Civil Veterinary Dept. Bombay admin report 1907-1913 - 1907-1913
Year: 1907
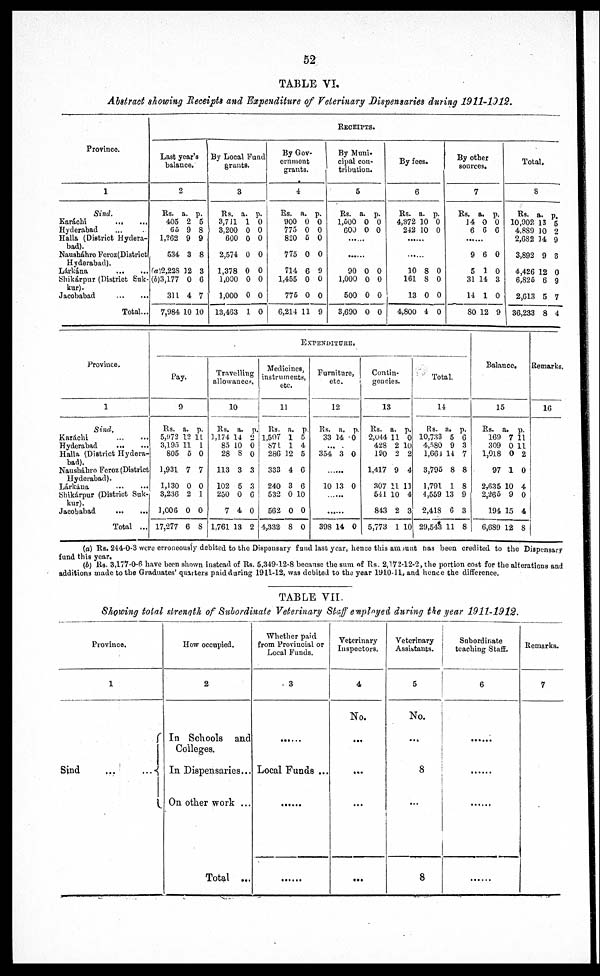
52
TABLE VI.
Abstract showing Receipts and Expenditure of Veterinary Dispensaries during 1911-1912.
Province
1
Sind.
Karáchi
...
...
Hyderabad ...
Halla (District Hydera-
bad).
Nausháhro Feroz(District
Hyderabad).
Lárkána
... ...
Shikárpur (District Suk-kur).
Jacobabad
...
...
Total...
RECEIPTS
Last year's
balance.
2
Rs.
405
65
1,262
534
(a)2,228
(b)3,177
311
7,984
a.
2
9
9
3
12
0
4
10
p.
5
8
9
8
3
6
7
10
By Local
Fund grants.
3
Rs.
3,711
3,200
600
2,574
1,378
1,000
1,000
13,453
a.
1
0
0
0
0
0
0
1
p.
0
0
0
0
0
0
0
0
By Gov-
ernment
grants.
4
Rs.
900
775
820
775
714
1,455
776
6,214
a.
0
0
5
0
6
0
0
11
p.
0
0
0
0
9
0
0
9
By Muni-
cipal con-
tribution.
5
Rs.
1,000
600
......
90
1,000
500
3,690
a.
0
0
0
0
0
0
p.
0
0
0
0
0
0
By fees.
6
Rs.
4,372
242
......
......
10
161
13
4,800
a.
10
10
8
8
0
4
p.
0
0
0
0
0
0
By other
sources.
7
Rs.
14
6
......
9
5
31
14
SO
a.
0
6
6
1
14
1
12
p.
0
6
0
0
3
0
9
Total.
8
Rs.
10,902
4,889
2,682
3,892
4,426
6,825
2,613
36,233
a.
13
10
14
9
12
6
5
8
p.
5
2
9
8
0
9
7
4
Province.
1
Sind.
Karachi
...
...
Hyderabad
... ...
Halla (District Hydera-bad).
Naushábro Feroz (District
Hyderabad).
Lárkána
...
...
Shikárpur (District Suk-kur).
Jacobabad
...
...
Total ...
EXPENDITURE.
Pay.
9
Rs.
5,972
3,195
805
1,931
1,130
3,236
1,006
17,277
a.
12
11
5
7
0
2
0
6
p.
11
1
0
7
0
1
0
8
Travelling
allowance.
10
Rs.
1,174
85
28
113
102
250
7
1,761
a.
14
10
8
3
5
0
4
13
p.
2
0
0
3
3
6
0
2
Medicines
instruments,
etc.
11
Rs.
1,507
871
286
333
240
532
562
4,332
a.
1
1
12
4
3
0
0
8
p.
5
4
5
6
6
10
0
0
Furniture
etc.
12
Rs.
33 14
...
354
......
10
......
......
398
a.
3
13
14
p.
0
0
0
0
Contin-
geneies.
13
lis.
2,044
428
190
1,417
307
541
843
5,773
a.
11
2
2
9
11
10
2
1
p.
0
10
2
4
11
4
3
10
Total.
14
Rs.
10,733
4,580
1,664
3,795
1,791
4,559
2,418
29,543
a.
5
9
14
8
1
13
6
11
p.
6
3
7
8
8
9
3
8
Balance.
15
Rs.
169
309
1,018
97
2,635
2,265
194
6,689
a.
7
0
0
1
10
9
15
12
p.
11
11
2
0
4
0
4
8
Remarks.
16
(a) Rs. 244-0-3 were erroneously debited to the Dispensary fund last year, hence this amount has been credited to the Dispensary
fund this year.
(b) Rs. 3,177-0-6 have been shown instead of Rs. 5,349-12-8 because the sum of Rs. 2,172-12-2, the portion cost for the alterations and
additions made to the Graduates' quarters paid during 19L1-12, was debited to the year 1910-11, and hence the difference.
TABLE VII.
Showing total strength of Subordinate Veterinary Staff employed during the year 1911-1912.
Province,
1
Sind
...
...
How occupied.
2
In Schools and
Colleges.
In Dispensaries...
On other work ...
Total ...
Whether paid
from Provincial or
Local Funds.
3
......
Local Funds ...
......
......
Veterinary
Inspectors.
4
No.
...
...
...
...
Veterinary
Assistants.
5
No.
...
8
...
8
Subordinate
teaching Staff.
6
Remarks.
7